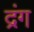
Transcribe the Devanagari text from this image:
द्रंग